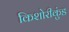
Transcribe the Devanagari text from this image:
किशोरीकुंड